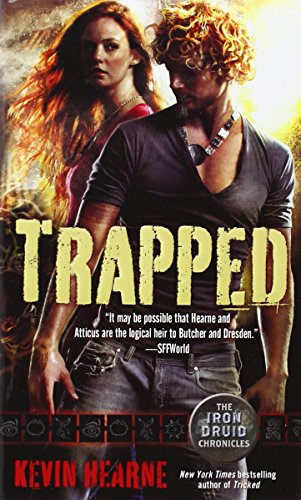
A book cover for Trapped (Iron Druid Chronicles); Kevin Hearne; Literature & Fiction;